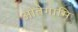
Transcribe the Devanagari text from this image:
ओतेगामि